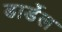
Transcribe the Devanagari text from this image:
डार्डेल